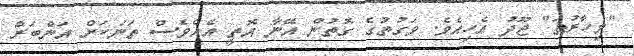
"މިހާރުތަ" ޖޫދު އެހިއެވެ. ވަގުތުގެ ގޮތުން އޭނާ އޮތީ އެއްވެސް ތަނަކަށް އަންބަރް